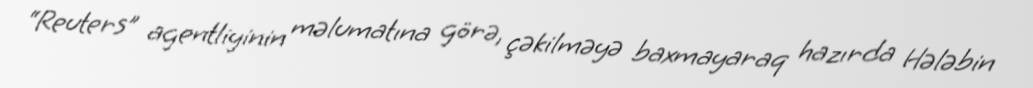
“Reuters” agentliyinin məlumatına görə, çəkilməyə baxmayaraq hazırda Hələbin